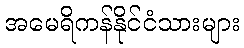
အမေရိကန်နိုင်ငံသားများ